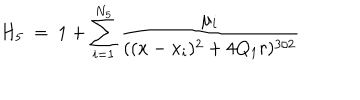
H _ { 5 } \ = \ 1 + \sum _ { i = 1 } ^ { N _ { 5 } } \frac { \mu _ { i } } { ( ( x - x _ { i } ) ^ { 2 } + 4 Q _ { 1 } r ) ^ { 3 / 2 } }